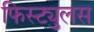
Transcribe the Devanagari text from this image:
फिस्ट्युलस